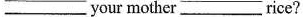
_____your mother _____rice?